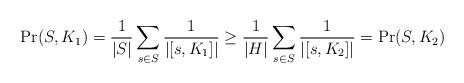
LaTeX: \begin{align*}{\Pr}(S, K_1) = \frac{1}{|S|} \sum_{s \in S}\frac{1}{|[s, K_1]|} \geq \frac{1}{|H|} \sum_{s \in S}\frac{1}{|[s, K_2]|} = {\Pr}(S, K_2)\end{align*}